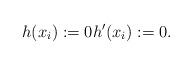
LaTeX: \begin{align*}h(x_i):=0 h'(x_i):= 0.\end{align*}